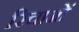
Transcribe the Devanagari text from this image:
रिचाओं